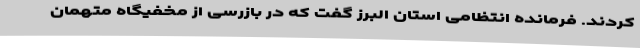
کردند. فرمانده انتظامی استان البرز گفت که در بازرسی از مخفیگاه متهمان